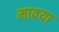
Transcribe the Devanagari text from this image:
मावया